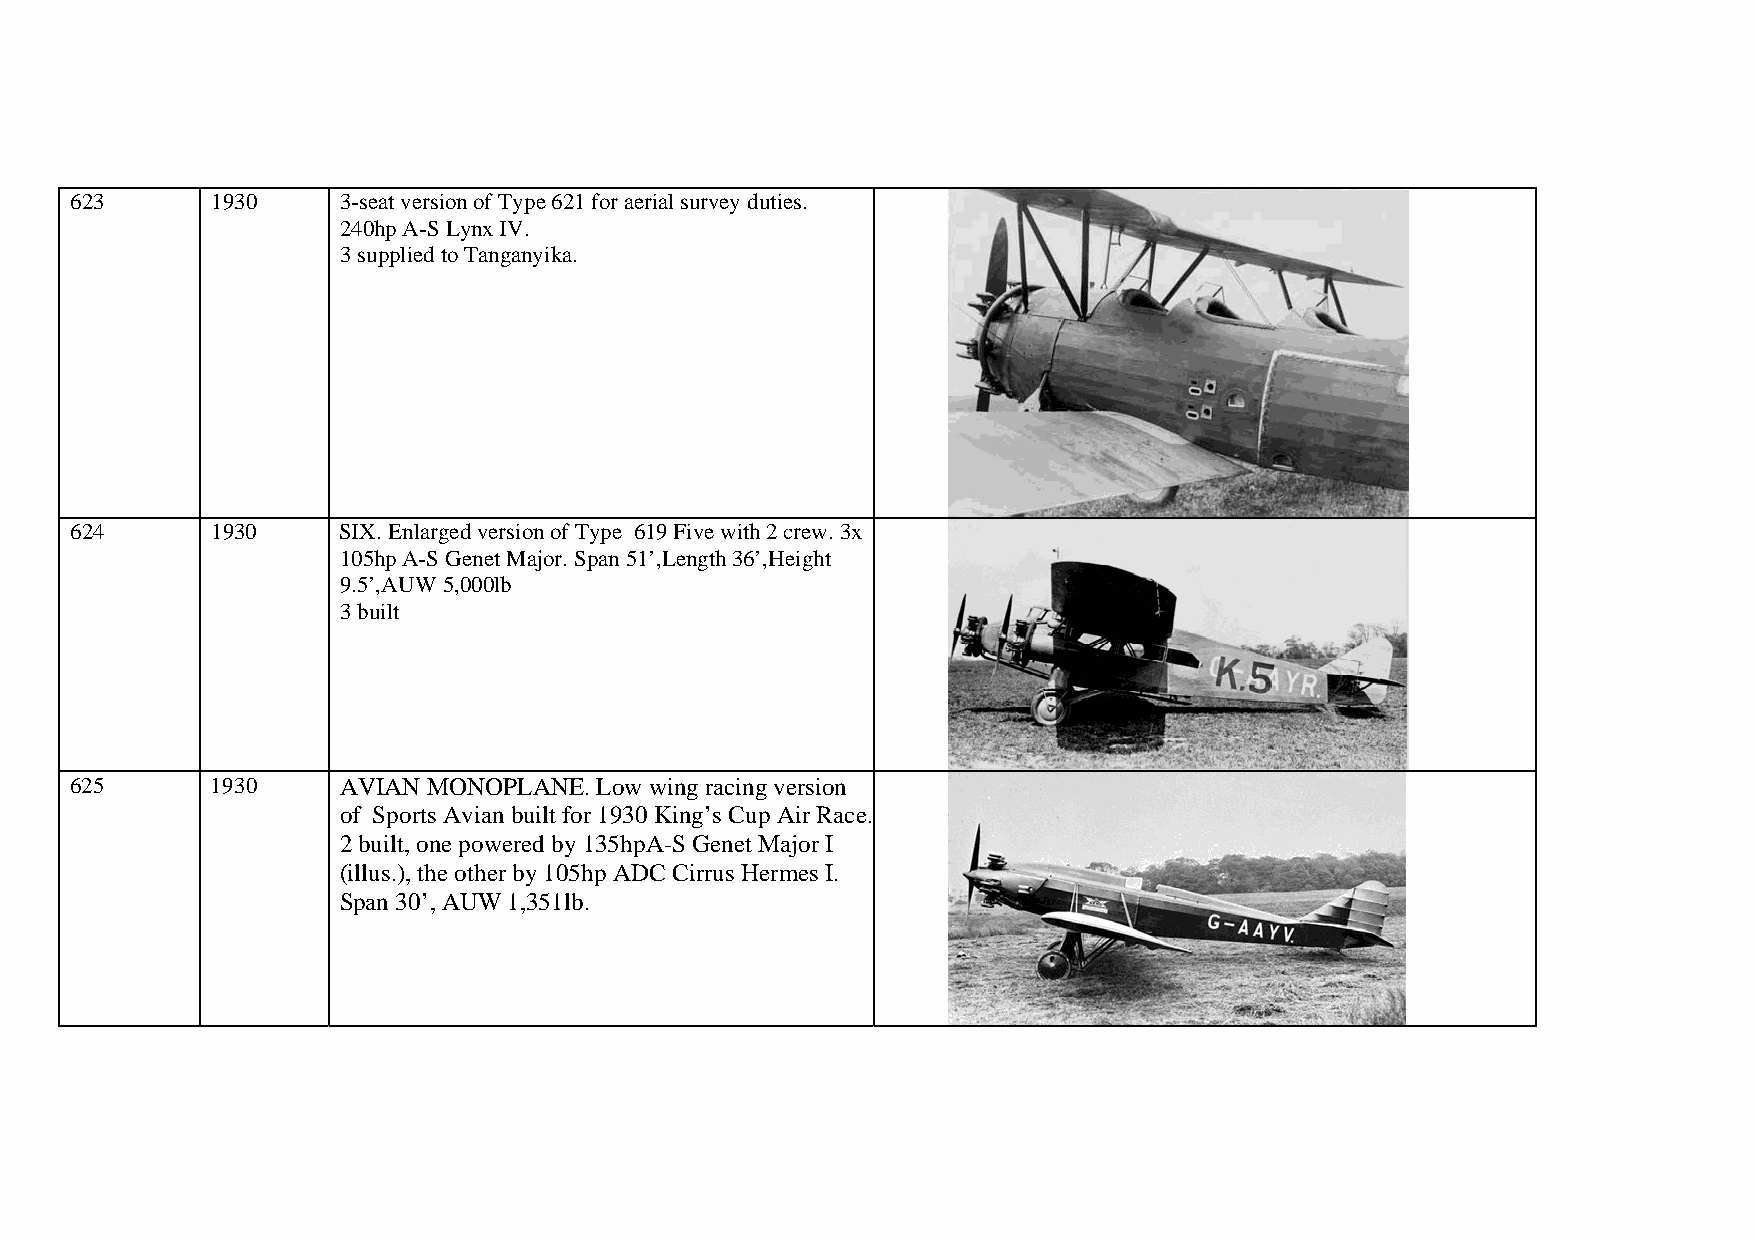
623      1930    3-seat version of Type 621 for aerial survey duties.
 240hp A-S Lynx IV.
 3 supplied to Tanganyika.
 624      1930    SIX. Enlarged version of Type 619 Five with 2 crew. 3x
 105hp A-S Genet Major. Span 51’,Length 36’,Height
 9.5’,AUW 5,000lb
 3 built
 625      1930    AVIAN MONOPLANE. Low wing racing version
 of Sports Avian built for 1930 King’s Cup Air Race.
 2 built, one powered by 135hpA-S Genet Major I
 (illus.), the other by 105hp ADC Cirrus Hermes I.
 Span 30’, AUW 1,351lb.